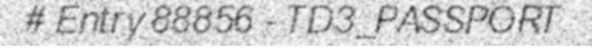
# Entry 88856 - TD3_PASSPORT